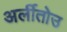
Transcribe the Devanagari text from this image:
अर्लीतोउ